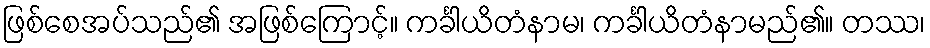
ဖြစ်စေအပ်သည်၏ အဖြစ်ကြောင့်။ ကင်္ခါယိတံနာမ၊ ကင်္ခါယိတံနာမည်၏။ တဿ၊